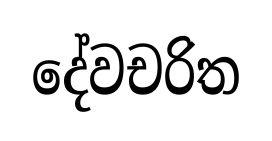
දේවචරිත